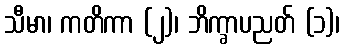
သီမာ၊ ကတိကာ (၂)၊ ဘိက္ခာပညတ် (၁)၊